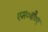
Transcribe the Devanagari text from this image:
एम०बी०ए